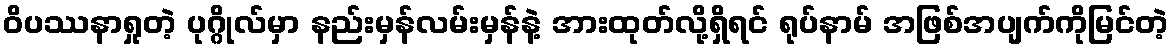
ဝိပဿနာရှုတဲ့ ပုဂ္ဂိုလ်မှာ နည်းမှန်လမ်းမှန်နဲ့ အားထုတ်လို့ရှိရင် ရုပ်နာမ် အဖြစ်အပျက်ကိုမြင်တဲ့